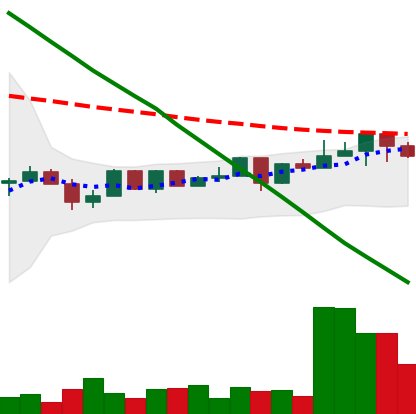
Ticker: NEO-USD
Chart end date: 2022-12-14
Forward return: -12.216%
Label: down_7plus